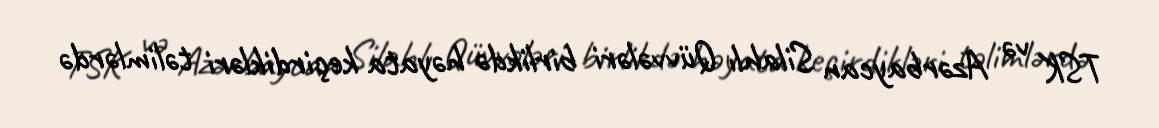
TSK və Azərbaycan Silahlı Qüvvələri birlikdə həyata keçirdikləri təlimlərdə